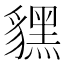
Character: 𧴔